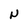
Character: N